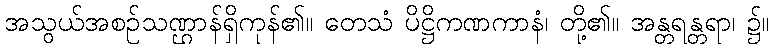
အသွယ်အစဉ်သဏ္ဌာန်ရှိကုန်၏။ တေသံ ပိဋ္ဌိကဏကာနံ၊ တို့၏။ အန္တရန္တရာ၊ ၌။